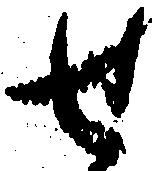
せ